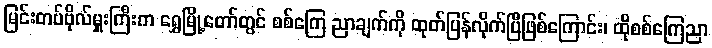
မြင်းတပ်ဗိုလ်မှူးကြီးက ရွှေမြို့တော်တွင် စစ်ကြေ ညာချက်ကို ထုတ်ပြန်လိုက်ပြီဖြစ်ကြောင်း၊ ထိုစစ်ကြေညာ